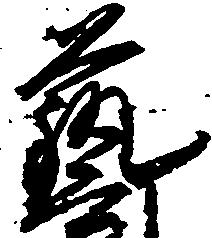
芸